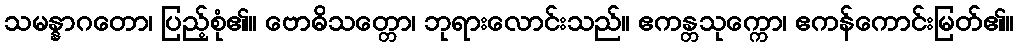
သမန္နာဂတော၊ ပြည့်စုံ၏။ ဗောဓိသတ္တော၊ ဘုရားလောင်းသည်။ ဧကန္တသုက္ကော၊ ဧကန်ကောင်းမြတ်၏။